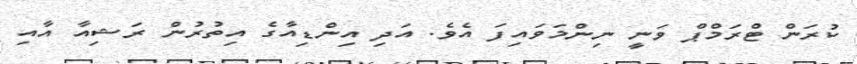
ކުރަން ޓްރަމްޕް ވަނީ ނިންމަވައިފަ އެވެ. އަދި އިންޑިއާގެ އިތުރުން ރަޝިއާ އާއި